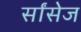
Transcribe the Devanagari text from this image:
र्सांसेज